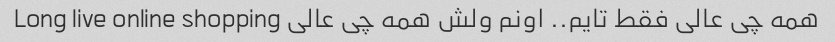
همه چی عالی فقط تایم.. اونم ولش همه چی عالی Long live online shopping